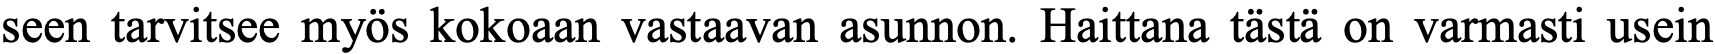
seen tarvitsee myös kokoaan vastaavan asunnon. Haittana tästä on varmasti usein